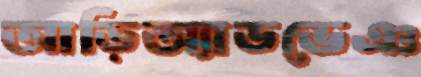
আড়িঅ্যাডভেঞ